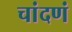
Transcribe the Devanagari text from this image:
चांदणं